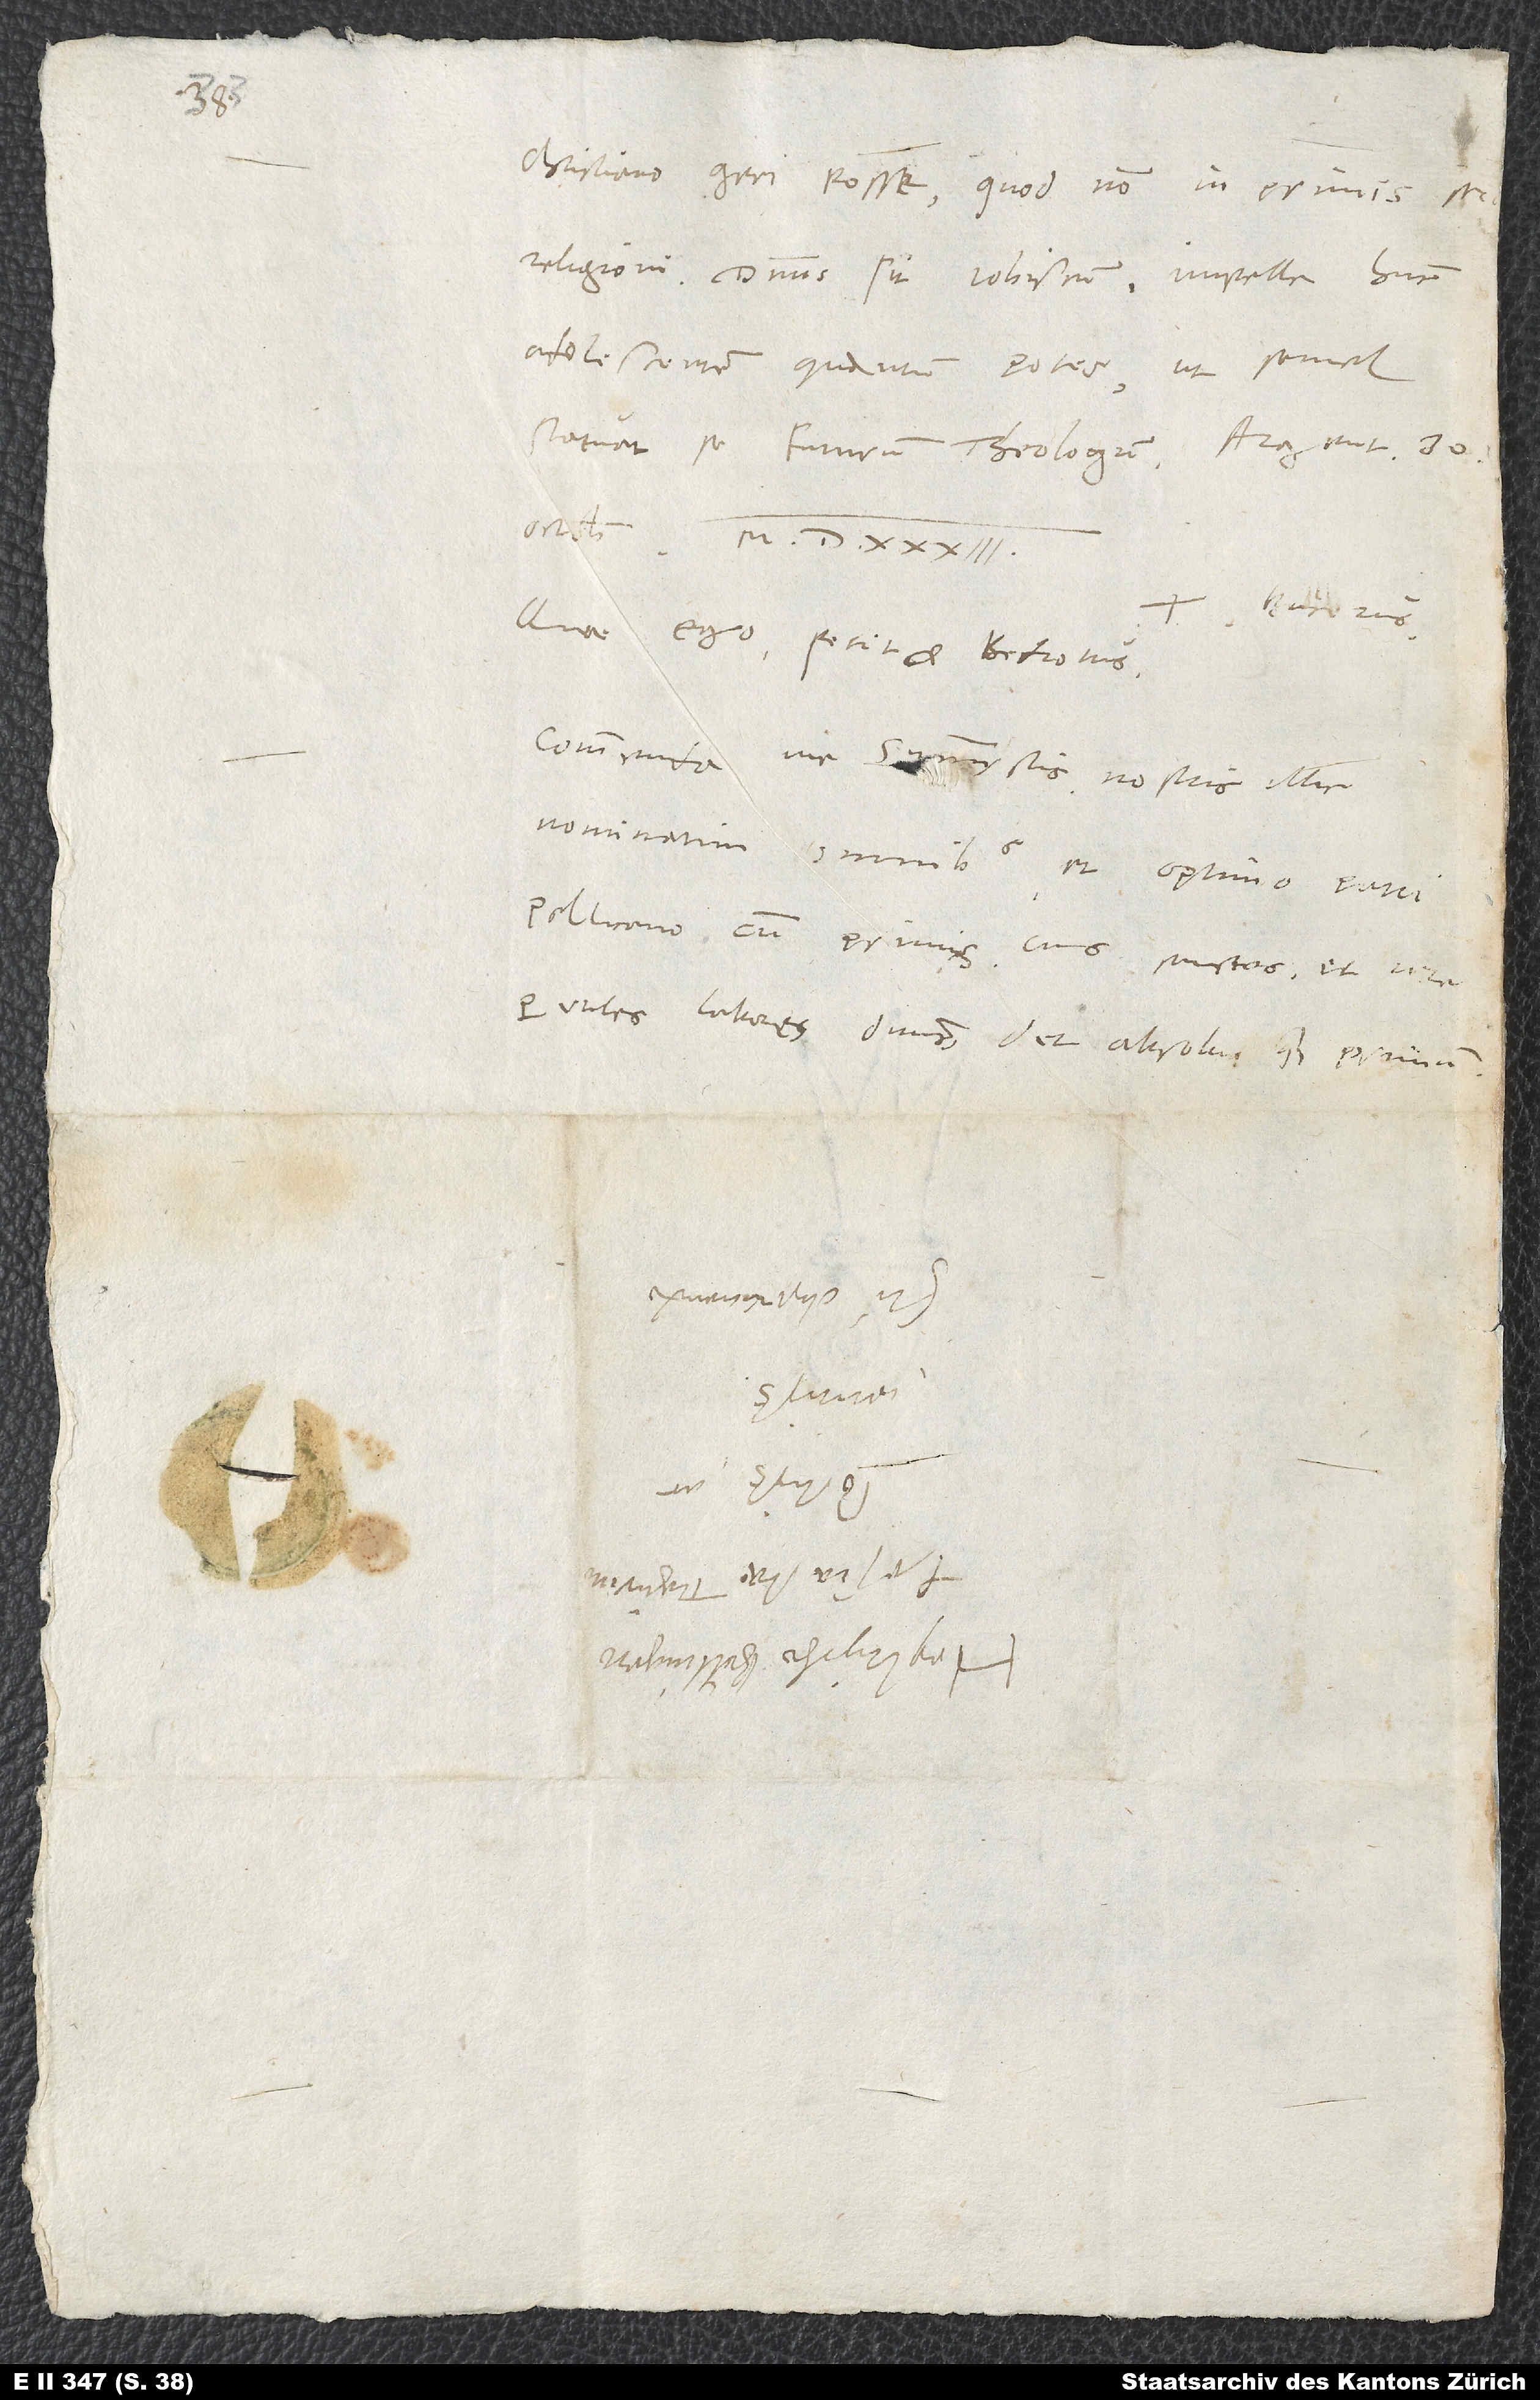
1533.

adolescentem, quantum potes, ut semel
Bucerus.
Quae ego, petit et Bedrotus.
Commenda me symmystis nostris illic
nominatim omnibus et optimo patri
Pellicano cum primis, cuius sanctos et vere
perutiles labores dominus det absolvi quam primum.